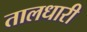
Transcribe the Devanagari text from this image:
तालधारी